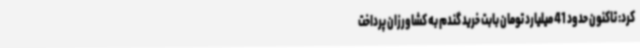
کرد: تاکنون حدود 41 میلیارد تومان بابت خرید گندم به کشاورزان پرداخت